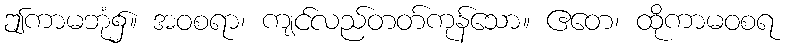
ဤကာမဘုံ၌။ အဝစရာ၊ ကျင်လည်တတ်ကုန်သော။ ဧတေ၊ ထိုကာမဝစရ